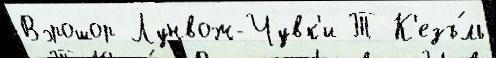
Вэрошор Лунвож-Чувк'и Т К'езъ́ль